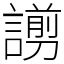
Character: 謭